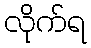
လိုက်ရ